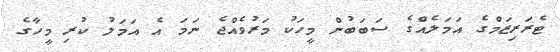
ޓެރަރިޒަމްގެ އަމަލެއްގެ ސަބަބުން މީހަކު މަރުވެއްޖެ ނަމަ އެ އަމަލު ކުރި މީހާގެ